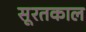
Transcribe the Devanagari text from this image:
सूरतकाल